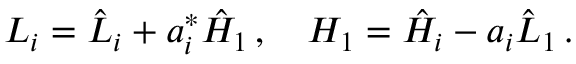
L _ { i } = \hat { L } _ { i } + a _ { i } ^ { * } \hat { H } _ { 1 } \, , \quad H _ { 1 } = \hat { H } _ { i } - a _ { i } \hat { L } _ { 1 } \, .